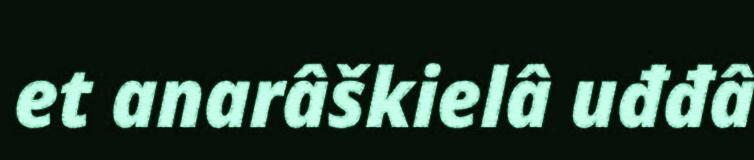
et anarâškielâ uđđâ